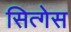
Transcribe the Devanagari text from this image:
सित्गेस